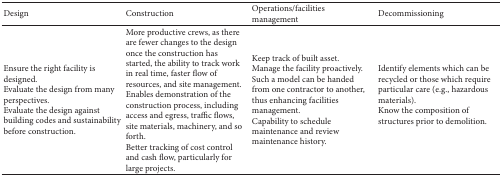
| Design | Construction | Operations/facilities management | Decommissioning |
 | --- | --- | --- | --- |
 | Ensure the right facility is designed.Evaluate the design from many perspectives. Evaluate the design against building codes and sustainability before construction. | More productive crews, as there are fewer changes to the design once the construction has started, the ability to track work in real time, faster flow of resources, and site management. Enables demonstration of the construction process, including access and egress, traffic flows, site materials, machinery, and so forth.Better tracking of cost control and cash flow, particularly for large projects. | Keep track of built asset.Manage the facility proactively. Such a model can be handed from one contractor to another, thus enhancing facilities management. Capability to schedule maintenance and review maintenance history. | Identify elements which can be recycled or those which require particular care (e.g., hazardous materials). Know the composition of structures prior to demolition. |